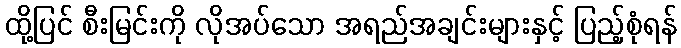
ထို့ပြင် စီးမြင်းကို လိုအပ်သော အရည်အချင်းများနှင့် ပြည့်စုံရန်